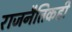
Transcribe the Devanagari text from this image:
राजनैतिकही